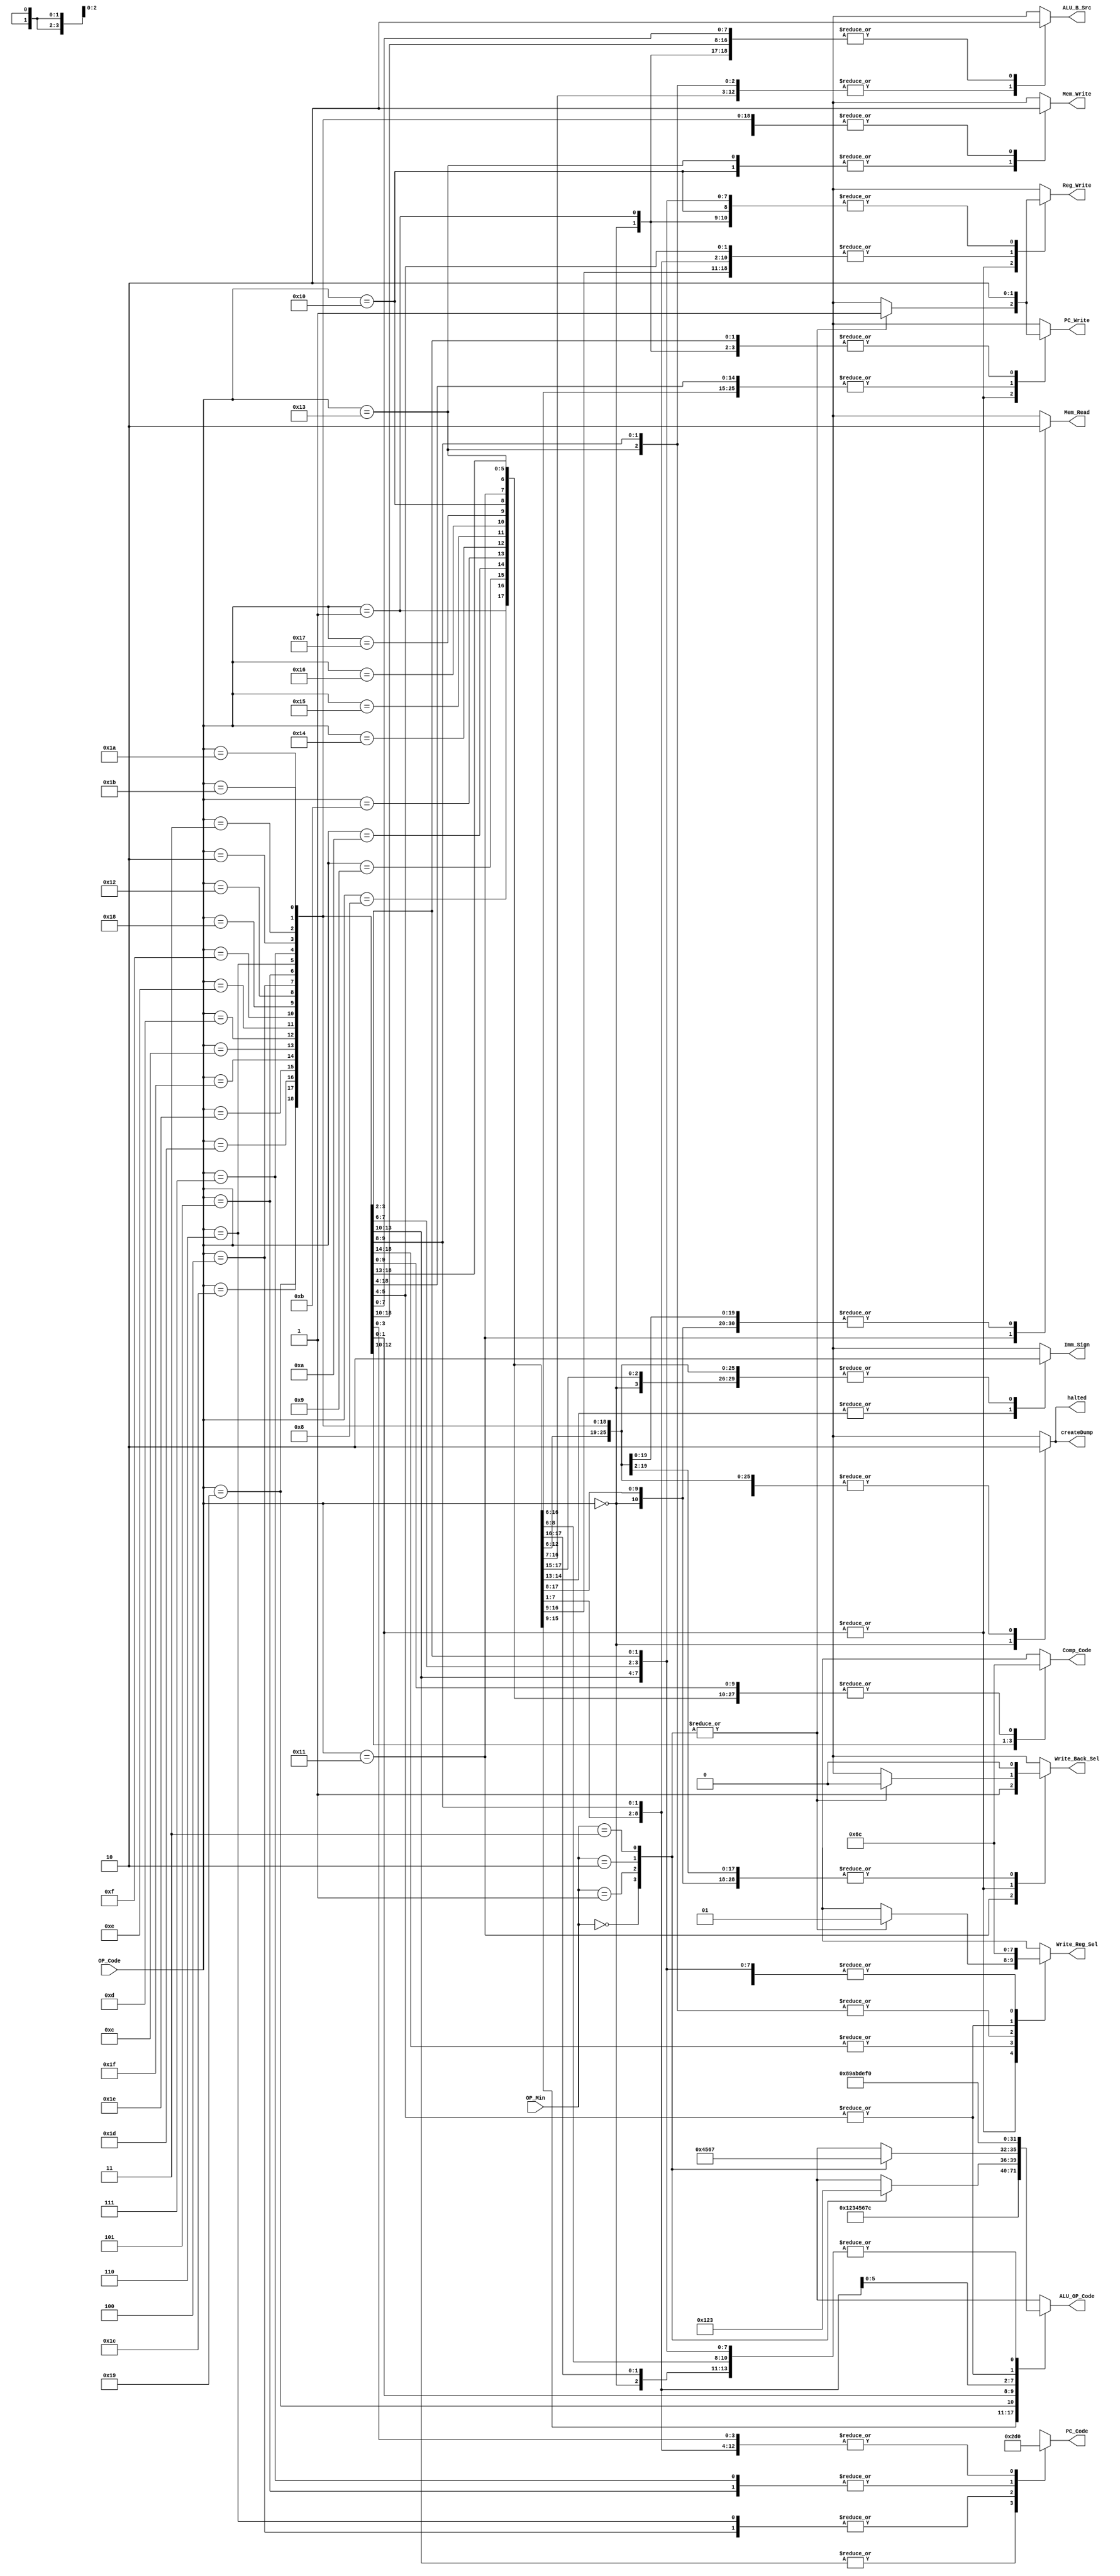
/********************************************************************************************************
/		MODULE: Processor_Control
/		PURPOSE: Given the instruction code to be performed, create the right control signals to propigate
			through the single cycle processor in order to perform that instruction.
/
/
/		INPUTS: OP_Code - Instruction to be performed
/					00000 xxxxxxxxxxx	HALT	Cease instruction issue, dump memory state to file
/					00001 xxxxxxxxxxx	NOP	None
/					01000 sss ddd iiiii		ADDI Rd, Rs, immediate	Rd <- Rs + I(sign ext.)
/					01001 sss ddd iiiii		SUBI Rd, Rs, immediate	Rd <- I(sign ext.) - Rs
/					01010 sss ddd iiiii		XORI Rd, Rs, immediate	Rd <- Rs XOR I(zero ext.)
/					01011 sss ddd iiiii		ANDNI Rd, Rs, immediate	Rd <- Rs AND ~I(zero ext.)
/					10100 sss ddd iiiii		ROLI Rd, Rs, immediate	Rd <- Rs <<(rotate) I(lowest 4 bits)
/					10101 sss ddd iiiii		SLLI Rd, Rs, immediate	Rd <- Rs << I(lowest 4 bits)
/					10110 sss ddd iiiii		RORI Rd, Rs, immediate	Rd <- Rs >>(rotate) I(lowest 4 bits)
/					10111 sss ddd iiiii		SRLI Rd, Rs, immediate	Rd <- Rs >> I(lowest 4 bits)
/					10000 sss ddd iiiii		ST Rd, Rs, immediate	Mem[Rs + I(sign ext.)] <- Rd
/					10001 sss ddd iiiii		LD Rd, Rs, immediate	Rd <- Mem[Rs + I(sign ext.)]
/					10011 sss ddd iiiii		STU Rd, Rs, immediate	Mem[Rs + I(sign ext.)] <- Rd, Rs <- Rs + I(sign ext.)
/					11001 sss xxx ddd xx	BTR Rd, Rs	Rd[bit i] <- Rs[bit 15-i] for i=0..15
/					11011 sss ttt ddd 00	ADD Rd, Rs, Rt	Rd <- Rs + Rt
/					11011 sss ttt ddd 01	SUB Rd, Rs, Rt	Rd <- Rt - Rs
/					11011 sss ttt ddd 10	XOR Rd, Rs, Rt	Rd <- Rs XOR Rt
/					11011 sss ttt ddd 11	ANDN Rd, Rs, Rt	Rd <- Rs AND ~Rt
/					11010 sss ttt ddd 00	ROL Rd, Rs, Rt	Rd <- Rs << (rotate) Rt (lowest 4 bits)
/					11010 sss ttt ddd 01	SLL Rd, Rs, Rt	Rd <- Rs << Rt (lowest 4 bits)
/					11010 sss ttt ddd 10	ROR Rd, Rs, Rt	Rd <- Rs >> (rotate) Rt (lowest 4 bits)
/					11010 sss ttt ddd 11	SRL Rd, Rs, Rt	Rd <- Rs >> Rt (lowest 4 bits)
/					11100 sss ttt ddd xx	SEQ Rd, Rs, Rt	if (Rs == Rt) then Rd <- 1 else Rd <- 0
/					11101 sss ttt ddd xx	SLT Rd, Rs, Rt	if (Rs < Rt) then Rd <- 1 else Rd <- 0
/					11110 sss ttt ddd xx	SLE Rd, Rs, Rt	if (Rs <= Rt) then Rd <- 1 else Rd <- 0
/					11111 sss ttt ddd xx	SCO Rd, Rs, Rt	if (Rs + Rt) generates carry out then Rd <- 1 else Rd <- 0
/					01100 sss iiiiiiii		BEQZ Rs, immediate	if (Rs == 0) then PC <- PC + 2 + I(sign ext.)
/					01101 sss iiiiiiii		BNEZ Rs, immediate	if (Rs != 0) then PC <- PC + 2 + I(sign ext.)
/					01110 sss iiiiiiii		BLTZ Rs, immediate	if (Rs < 0) then PC <- PC + 2 + I(sign ext.)
/					01111 sss iiiiiiii		BGEZ Rs, immediate	if (Rs >= 0) then PC <- PC + 2 + I(sign ext.)
/					11000 sss iiiiiiii		LBI Rs, immediate	Rs <- I(sign ext.)
/					10010 sss iiiiiiii		SLBI Rs, immediate	Rs <- (Rs << 8) | I(zero ext.)
/					00100 ddddddddddd		J displacement	PC <- PC + 2 + D(sign ext.)
/					00101 sss iiiiiiii		JR Rs, immediate	PC <- Rs + I(sign ext.)
/					00110 ddddddddddd		JAL displacement	R7 <- PC + 2, PC <- PC + 2 + D(sign ext.)
/					00111 sss iiiiiiii		JALR Rs, immediate	R7 <- PC + 2 PC <- Rs + I(sign ext.)
/					00010 siic Rs			produce IllegalOp exception. Must provide one source register.
/					00011 xxxxxxxxxxx		NOP / RTI	PC <- EPC
/
/		OUTPUTS: Write_Reg - Register to be written to
********************************************************************************************************/
module Processor_Control (OP_Code, OP_Min, PC_Write, PC_Code, Comp_Code, Write_Back_Sel, Mem_Write, Mem_Read, ALU_OP_Code, ALU_B_Src, Reg_Write, Write_Reg_Sel, Imm_Sign, createDump, halted);

input [4:0] OP_Code;
input [1:0] OP_Min;

output reg PC_Write;
output reg [2:0] PC_Code;
output reg [1:0] Comp_Code;
output reg Write_Back_Sel;
output reg Mem_Write;
output reg Mem_Read;
output reg [3:0] ALU_OP_Code;
output reg ALU_B_Src;
output reg Reg_Write;
output reg [1:0] Write_Reg_Sel;
output reg createDump;
output reg Imm_Sign;
output reg halted;

always @ (OP_Code) begin
	PC_Write = 0;
	PC_Code = 0;
	Comp_Code = 0;
	Write_Back_Sel = 0;
	Mem_Write = 0;
	Mem_Read = 0;
	ALU_OP_Code = 0;
	ALU_B_Src = 0;
	Reg_Write = 0;
	Write_Reg_Sel = 0;
	Imm_Sign = 0;
	createDump = 0;
	halted = 0;
	
	/*
	PC_Code = 0; //PC + 2
	PC_Code = 1; //Branch (PC + 2 + I)
	PC_Code = 2; //JumpI (RS + I)
	PC_Code = 3; //JumpD (PC + 2 + D)
	PC_Code = 4; //EPC
	PC_Code = 5; //Nothing
	PC_Code = 6; //Nothing
	PC_Code = 7; //Nothing
	
	Comp_Code = 0; //Equal
	Comp_Code = 1; //!Equal
	Comp_Code = 2; //Less Than
	Comp_Code = 3; //Greater Than or Equal
	
	Write_Back_Sel = 0; //ALU
	Write_Back_Sel = 1; //Memory
	
	ALU_OP_Code = 0 // Add
	ALU_OP_Code = 1 // Subtract
	ALU_OP_Code = 2 // XOR
	ALU_OP_Code = 3 // ANDN
	ALU_OP_Code = 4 // Rotate Left
	ALU_OP_Code = 5 // Shift Left Logical
	ALU_OP_Code = 6 // Rotate Right
	ALU_OP_Code = 7 // Shift Right Logical
	ALU_OP_Code = 8 // Equal
	ALU_OP_Code = 9 // Less Than
	ALU_OP_Code = 10 // Less Than or Equal
	ALU_OP_Code = 11 // Carry Out
	ALU_OP_Code = 12 // Flip
	ALU_OP_Code = 13 // Pass Through
	ALU_OP_Code = 14 // SLBI
	ALU_OP_Code = 15 // PC + 2
	
	ALU_B_Src = 0; // Register
	ALU_B_Src = 1; // Immediate
	
	Write_Reg_Sel = 0; //Rd (Immediate)
	Write_Reg_Sel = 1; //Rd (Register)
	Write_Reg_Sel = 2; //Rs (LBI)
	Write_Reg_Sel = 3; //R7
	
	Imm_Sign = 0; //Sign Extend
	Imm_Sign = 1; //Zero Extend
	*/
	
	case(OP_Code)
		5'b00000: begin //HALT !!!!!!!
			//PC_Write = 0;
			//PC_Code = 0;
			//Comp_Code = 0;
			//Write_Back_Sel = 0;
			//Mem_Write = 0;
			//Mem_Read = 0;
			//ALU_OP_Code = 0;
			//ALU_B_Src = 0;
			//Reg_Write = 0;
			//Write_Reg_Sel = 0;
			//Imm_Sign = 0;
			createDump =1;
			halted = 1;
		end
        5'b00001: begin //NOP
			//PC_Write = 0;
			//PC_Code = 0;
			//Comp_Code = 0;
			//Write_Back_Sel = 0;
			//Mem_Write = 0;
			//Mem_Read = 0;
			//ALU_OP_Code = 0;
			//ALU_B_Src = 0;
			//Reg_Write = 0;
			//Write_Reg_Sel = 0;
			//Imm_Sign = 0;
		end
		5'b01000: begin //ADDI
			PC_Write = 1;
			//PC_Code = 0;
			//Comp_Code = 0;
			//Write_Back_Sel = 0;
			//Mem_Write = 0;
			//Mem_Read = 0;
			ALU_OP_Code = 0;
			ALU_B_Src = 1;
			Reg_Write = 1;
			//Write_Reg_Sel = 0;
			//Imm_Sign = 0;
		end
        5'b01001: begin //SUBI
			PC_Write = 1;
			//PC_Code = 0;
			//Comp_Code = 0;
			//Write_Back_Sel = 0;
			//Mem_Write = 0;
			//Mem_Read = 0;
			ALU_OP_Code = 1;
			ALU_B_Src = 1;
			Reg_Write = 1;
			//Write_Reg_Sel = 0;
			//Imm_Sign = 0;
		end
		5'b01010: begin //XORI
			PC_Write = 1;
			//PC_Code = 0;
			//Comp_Code = 0;
			//Write_Back_Sel = 0;
			//Mem_Write = 0;
			//Mem_Read = 0;
			ALU_OP_Code = 2;
			ALU_B_Src = 1;
			Reg_Write = 1;
			//Write_Reg_Sel = 0;
			Imm_Sign = 1;
		end
        5'b01011: begin //ANDNI
			PC_Write = 1;
			//PC_Code = 0;
			//Comp_Code = 0;
			//Write_Back_Sel = 0;
			//Mem_Write = 0;
			//Mem_Read = 0;
			ALU_OP_Code = 3;
			ALU_B_Src = 1;
			Reg_Write = 1;
			//Write_Reg_Sel = 0;
			Imm_Sign = 1;
		end
		5'b10100: begin //ROLI
			PC_Write = 1;
			//PC_Code = 0;
			//Comp_Code = 0;
			//Write_Back_Sel = 0;
			//Mem_Write = 0;
			//Mem_Read = 0;
			ALU_OP_Code = 4;
			ALU_B_Src = 1;
			Reg_Write = 1;
			//Write_Reg_Sel = 0;
			//Imm_Sign = 0;
		end
        5'b10101: begin //SLLI
			PC_Write = 1;
			//PC_Code = 0;
			//Comp_Code = 0;
			//Write_Back_Sel = 0;
			//Mem_Write = 0;
			//Mem_Read = 0;
			ALU_OP_Code = 5;
			ALU_B_Src = 1;
			Reg_Write = 1;
			//Write_Reg_Sel = 0;
			//Imm_Sign = 0;
		end
		5'b10110: begin //RORI
			PC_Write = 1;
			//PC_Code = 0;
			//Comp_Code = 0;
			//Write_Back_Sel = 0;
			//Mem_Write = 0;
			//Mem_Read = 0;
			ALU_OP_Code = 6;
			ALU_B_Src = 1;
			Reg_Write = 1;
			//Write_Reg_Sel = 0;
			//Imm_Sign = 0;
		end
        5'b10111: begin //SRLI
			PC_Write = 1;
			//PC_Code = 0;
			//Comp_Code = 0;
			//Write_Back_Sel = 0;
			//Mem_Write = 0;
			//Mem_Read = 0;
			ALU_OP_Code = 7;
			ALU_B_Src = 1;
			Reg_Write = 1;
			//Write_Reg_Sel = 0;
			//Imm_Sign = 0;
		end
		5'b10000: begin //ST !
			PC_Write = 1;
			//PC_Code = 0;
			//Comp_Code = 0;
			//Write_Back_Sel = 0;
			Mem_Write = 1;
			//Mem_Read = 0;
			ALU_OP_Code = 0;
			ALU_B_Src = 1;
			//Reg_Write = 0;
			//Write_Reg_Sel = 0;
			//Imm_Sign = 0;
		end
        5'b10001: begin //LD
			PC_Write = 1;
			//PC_Code = 0;
			//Comp_Code = 0;
			Write_Back_Sel = 1;
			//Mem_Write = 0;
			Mem_Read = 1;
			ALU_OP_Code = 0;
			ALU_B_Src = 1;
			Reg_Write = 1;
			//Write_Reg_Sel = 0;
			//Imm_Sign = 0;
		end
		5'b10011: begin //STU
			PC_Write = 1;
			//PC_Code = 0;
			//Comp_Code = 0;
			//Write_Back_Sel = 0;
			Mem_Write = 1;
			//Mem_Read = 0;
			ALU_OP_Code = 0;
			ALU_B_Src = 1;
			Reg_Write = 1;
			Write_Reg_Sel = 2;
			//Imm_Sign = 0;
		end
        5'b11001: begin //BTR
			PC_Write = 1;
			//PC_Code = 0;
			//Comp_Code = 0;
			//Write_Back_Sel = 0;
			//Mem_Write = 0;
			//Mem_Read = 0;
			ALU_OP_Code = 12;
			//ALU_B_Src = 0;
			Reg_Write = 1;
			Write_Reg_Sel = 1;
			//Imm_Sign = 0;
		end
		5'b11011: begin //ADD|SUB|XOR|ANDN
			case(OP_Min)
				2'b00: begin //ADD
					PC_Write = 1;
					//PC_Code = 0;
					//Comp_Code = 0;
					Write_Back_Sel = 0;
					//Mem_Write = 0;
					//Mem_Read = 0;
					ALU_OP_Code = 0;
					//ALU_B_Src = 0;
					Reg_Write = 1;
					Write_Reg_Sel = 1;
					//Imm_Sign = 0;
				end
				2'b01: begin //SUB
					PC_Write = 1;
					//PC_Code = 0;
					//Comp_Code = 0;
					Write_Back_Sel = 0;
					//Mem_Write = 0;
					//Mem_Read = 0;
					ALU_OP_Code = 1;
					//ALU_B_Src = 0;
					Reg_Write = 1;
					Write_Reg_Sel = 1;
					//Imm_Sign = 0;
				end
				2'b10: begin //XOR
					PC_Write = 1;
					//PC_Code = 0;
					//Comp_Code = 0;
					Write_Back_Sel = 0;
					//Mem_Write = 0;
					//Mem_Read = 0;
					ALU_OP_Code = 2;
					//ALU_B_Src = 0;
					Reg_Write = 1;
					Write_Reg_Sel = 1;
					//Imm_Sign = 0;
				end
				2'b11: begin //ANDN
					PC_Write = 1;
					//PC_Code = 0;
					//Comp_Code = 0;
					Write_Back_Sel = 0;
					//Mem_Write = 0;
					//Mem_Read = 0;
					ALU_OP_Code = 3;
					//ALU_B_Src = 0;
					Reg_Write = 1;
					Write_Reg_Sel = 1;
					//Imm_Sign = 0;
				end
			endcase
		end
		5'b11010: begin //ROL|SLL|ROR|SRL
			case(OP_Min)
				2'b00: begin //ROL
					PC_Write = 1;
					//PC_Code = 0;
					//Comp_Code = 0;
					Write_Back_Sel = 0;
					//Mem_Write = 0;
					//Mem_Read = 0;
					ALU_OP_Code = 4;
					//ALU_B_Src = 0;
					Reg_Write = 1;
					Write_Reg_Sel = 1;
					//Imm_Sign = 0;
				end
				2'b01: begin //SLL
					PC_Write = 1;
					//PC_Code = 0;
					//Comp_Code = 0;
					Write_Back_Sel = 0;
					//Mem_Write = 0;
					//Mem_Read = 0;
					ALU_OP_Code = 5;
					//ALU_B_Src = 0;
					Reg_Write = 1;
					Write_Reg_Sel = 1;
					//Imm_Sign = 0;
				end
				2'b10: begin //ROR
					PC_Write = 1;
					//PC_Code = 0;
					//Comp_Code = 0;
					Write_Back_Sel = 0;
					//Mem_Write = 0;
					//Mem_Read = 0;
					ALU_OP_Code = 6;
					//ALU_B_Src = 0;
					Reg_Write = 1;
					Write_Reg_Sel = 1;
					//Imm_Sign = 0;
				end
				2'b11: begin //SRL
					PC_Write = 1;
					//PC_Code = 0;
					//Comp_Code = 0;
					Write_Back_Sel = 0;
					//Mem_Write = 0;
					//Mem_Read = 0;
					ALU_OP_Code = 7;
					//ALU_B_Src = 0;
					Reg_Write = 1;
					Write_Reg_Sel = 1;
					//Imm_Sign = 0;
				end
			endcase
		end
		5'b11100: begin //SEQ
			PC_Write = 1;
			//PC_Code = 0;
			//Comp_Code = 0;
			Write_Back_Sel = 0;
			//Mem_Write = 0;
			//Mem_Read = 0;
			ALU_OP_Code = 8;
			//ALU_B_Src = 0;
			Reg_Write = 1;
			Write_Reg_Sel = 1;
			//Imm_Sign = 0;
		end
		5'b11101: begin //SLT
			PC_Write = 1;
			//PC_Code = 0;
			//Comp_Code = 0;
			Write_Back_Sel = 0;
			//Mem_Write = 0;
			//Mem_Read = 0;
			ALU_OP_Code = 9;
			//ALU_B_Src = 0;
			Reg_Write = 1;
			Write_Reg_Sel = 1;
			//Imm_Sign = 0;
		end
		5'b11110: begin //SLE
			PC_Write = 1;
			//PC_Code = 0;
			//Comp_Code = 0;
			Write_Back_Sel = 0;
			//Mem_Write = 0;
			//Mem_Read = 0;
			ALU_OP_Code = 10;
			//ALU_B_Src = 0;
			Reg_Write = 1;
			Write_Reg_Sel = 1;
			//Imm_Sign = 0;
		end
		5'b11111: begin //SCO
			PC_Write = 1;
			//PC_Code = 0;
			//Comp_Code = 0;
			Write_Back_Sel = 0;
			//Mem_Write = 0;
			//Mem_Read = 0;
			ALU_OP_Code =11;
			//ALU_B_Src = 0;
			Reg_Write = 1;
			Write_Reg_Sel = 1;
			//Imm_Sign = 0;
		end
		5'b01100: begin //BEQZ
			PC_Write = 1;
			PC_Code = 1;
			Comp_Code = 0;
			//Write_Back_Sel = 0;
			//Mem_Write = 0;
			//Mem_Read = 0;
			//ALU_OP_Code = 0;
			//ALU_B_Src = 0;
			//Reg_Write = 0;
			//Write_Reg_Sel = 0;
			//Imm_Sign = 0;
		end
		5'b01101: begin //BNEZ
			PC_Write = 1;
			PC_Code = 1;
			Comp_Code = 1;
			//Write_Back_Sel = 0;
			//Mem_Write = 0;
			//Mem_Read = 0;
			//ALU_OP_Code = 0;
			//ALU_B_Src = 0;
			//Reg_Write = 0;
			//Write_Reg_Sel = 0;
			//Imm_Sign = 0;
		end
		5'b01110: begin //BLTZ
			PC_Write = 1;
			PC_Code = 1;
			Comp_Code = 2;
			//Write_Back_Sel = 0;
			//Mem_Write = 0;
			//Mem_Read = 0;
			//ALU_OP_Code = 0;
			//ALU_B_Src = 0;
			//Reg_Write = 0;
			//Write_Reg_Sel = 0;
			//Imm_Sign = 0;
		end
		5'b01111: begin //BGEZ
			PC_Write = 1;
			PC_Code = 1;
			Comp_Code =3;
			//Write_Back_Sel = 0;
			//Mem_Write = 0;
			//Mem_Read = 0;
			//ALU_OP_Code = 0;
			//ALU_B_Src = 0;
			//Reg_Write = 0;
			//Write_Reg_Sel = 0;
			//Imm_Sign = 0;
		end
		5'b11000: begin //LBI
			PC_Write = 1;
			//PC_Code = 0;
			//Comp_Code = 0;
			//Write_Back_Sel = 0;
			//Mem_Write = 0;
			//Mem_Read = 0;
			ALU_OP_Code = 13;
			ALU_B_Src = 1;
			Reg_Write = 1;
			Write_Reg_Sel = 2;
			//Imm_Sign = 0;
		end
		5'b10010: begin //SLBI
			PC_Write = 1;
			//PC_Code = 0;
			//Comp_Code = 0;
			//Write_Back_Sel = 0;
			//Mem_Write = 0;
			//Mem_Read = 0;
			ALU_OP_Code = 14;
			ALU_B_Src = 1;
			Reg_Write = 1;
			Write_Reg_Sel = 2;
			//Imm_Sign = 0;
		end
		5'b00100: begin //J
			PC_Write = 1;
			PC_Code = 3;
			//Comp_Code = 0;
			//Write_Back_Sel = 0;
			//Mem_Write = 0;
			//Mem_Read = 0;
			//ALU_OP_Code = 0;
			//ALU_B_Src = 0;
			//Reg_Write = 0;
			//Write_Reg_Sel = 0;
			//Imm_Sign = 0;
		end
		5'b00101: begin //JR
			PC_Write = 1;
			PC_Code = 2;
			//Comp_Code = 0;
			//Write_Back_Sel = 0;
			//Mem_Write = 0;
			//Mem_Read = 0;
			//ALU_OP_Code = 0;
			//ALU_B_Src = 0;
			//Reg_Write = 0;
			//Write_Reg_Sel = 0;
			//Imm_Sign = 0;
		end
		5'b00110: begin //JAL
			PC_Write = 1;
			PC_Code = 3;
			//Comp_Code = 0;
			//Write_Back_Sel = 0;
			//Mem_Write = 0;
			//Mem_Read = 0;
			ALU_OP_Code = 15;
			//ALU_B_Src = 0;
			Reg_Write = 1;
			Write_Reg_Sel = 3;
			//Imm_Sign = 0;
		end
		5'b00111: begin //JALR
			PC_Write = 1;
			PC_Code = 2;
			//Comp_Code = 0;
			//Write_Back_Sel = 0;
			//Mem_Write = 0;
			//Mem_Read = 0;
			ALU_OP_Code = 15;
			//ALU_B_Src = 0;
			Reg_Write = 1;
			Write_Reg_Sel = 3;
			//Imm_Sign = 0;
		end
		5'b00010: begin //siic FIGURE OUT
			//PC_Write = 1;
			//PC_Code = 0;
			//Comp_Code = 0;
			//Write_Back_Sel = 0;
			//Mem_Write = 0;
			//Mem_Read = 0;
			//ALU_OP_Code = 0;
			//ALU_B_Src = 0;
			//Reg_Write = 0;
			//Write_Reg_Sel = 0;
			//Imm_Sign = 0;
		end
		5'b00011: begin //NOP / RTI FIGURE OUT
			//PC_Write = 0;
			//PC_Code = 0;
			//Comp_Code = 0;
			//Write_Back_Sel = 0;
			//Mem_Write = 0;
			//Mem_Read = 0;
			//ALU_OP_Code = 0;
			//ALU_B_Src = 0;
			//Reg_Write = 0;
			//Write_Reg_Sel = 0;
			//Imm_Sign = 0;
		end
	endcase
end

endmodule